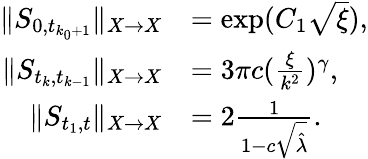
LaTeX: \begin{array}{rl}{\Vert S_{0,t_{k_{0}+1}}\Vert_{X\to X}}&{=\exp(C_{1}\sqrt\xi),}\\ {\Vert S_{t_{k},t_{k-1}}\Vert_{X\to X}}&{=3\pi c(\frac\xi{k^{2}})^{\gamma},}\\ {\Vert S_{t_{1},t}\Vert_{X\to X}}&{=2\frac 1{1-c\sqrt{\hat{\lambda}}}.}\end{array}